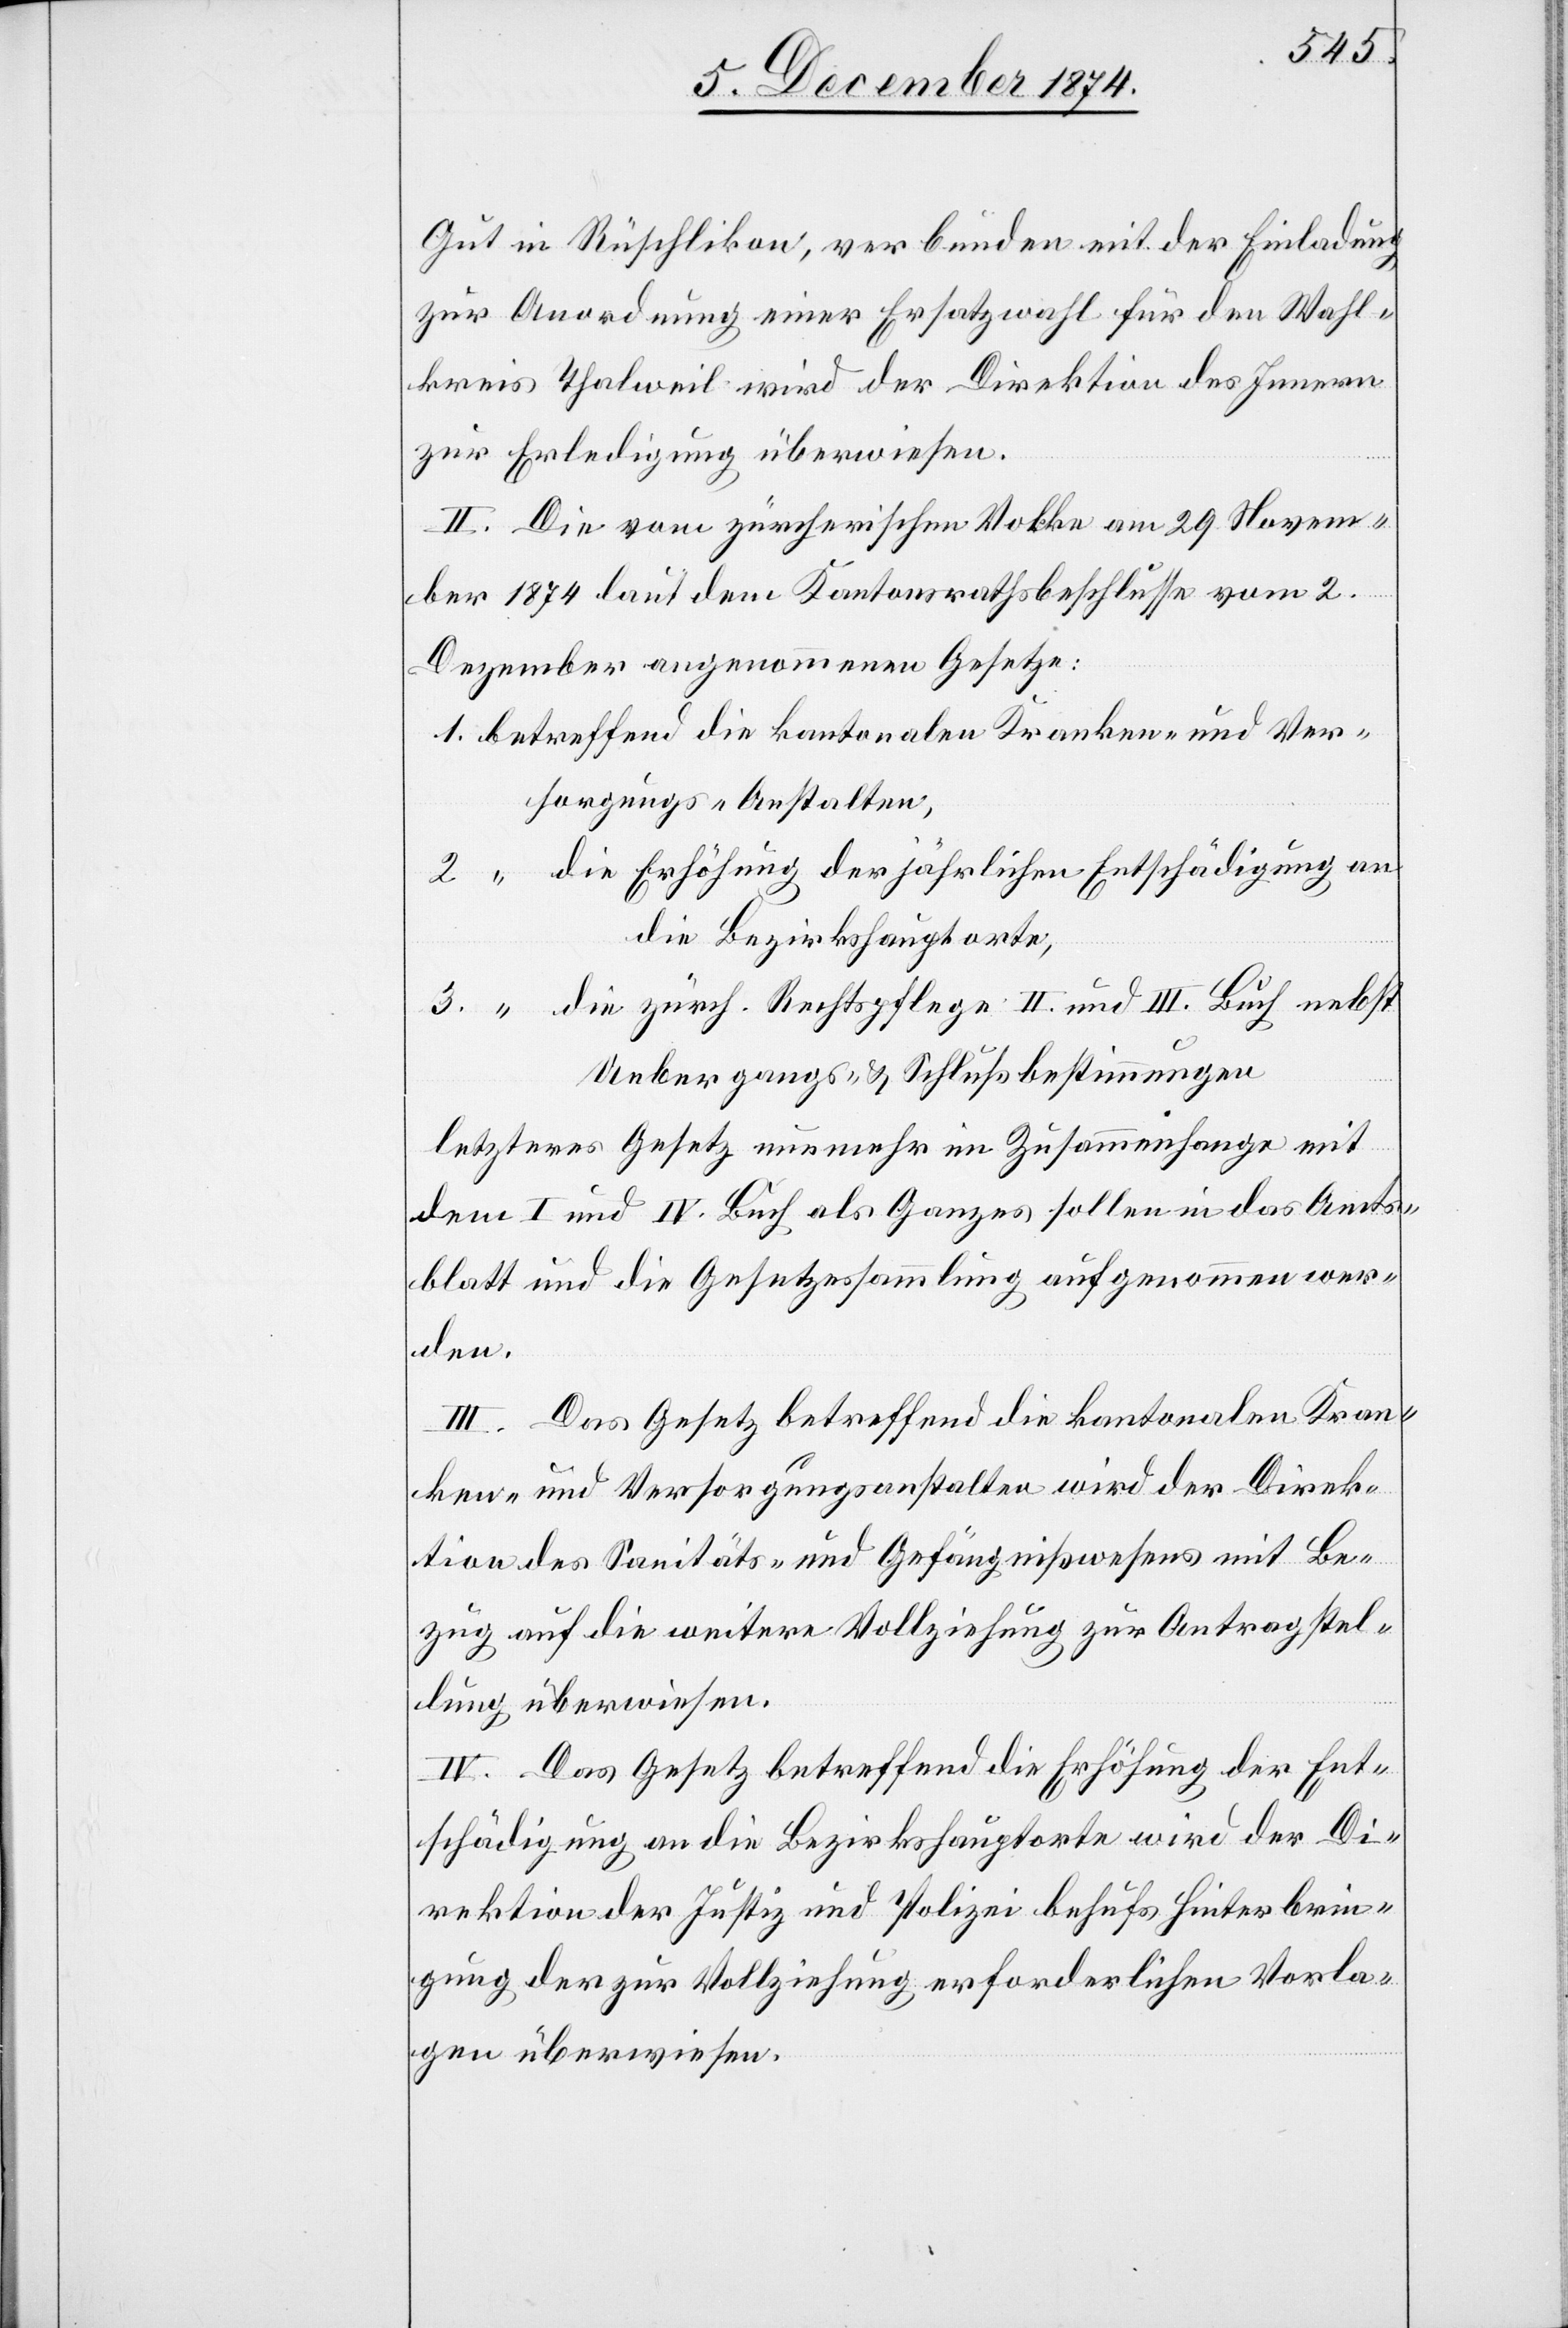
Gut in Rüschlikon, verbunden mit der Einladung
zur Anordnung einer Ersatzwahl für den Wahl¬
kreis Thalweil wird der Direktion des Innern
zur Erledigung überwiesen.
II. Die vom zürcherischen Volke am 29. Novem¬
1. betreffend die kantonalen Kranken- und Ver¬
sorgungs-Anstalten,
2. “ die zürch. Rechtspflege II. und III. Buch nebst
Uebergangs- & Schlußbestimmungen
letzteres Gesetz im Zusammenhange mit
dem I. und IV. Buch als Ganzes sollen in das Amts¬
blatt und die Gesetzessammlung aufgenommen wer¬
den.
III. Das Gesetz betreffend die kantonalen Kran¬
ken- und Versorgungsanstalten wird der Direk¬
tion des Sanitäts- und Gefängnißwesens mit Be¬
zug auf die weitere Vollziehung zur Antragstel¬
lung überwiesen.
IV. Das Gesetz betreffend die Erhöhung der Ent¬
schädigung an die Bezirkshauptorte wird der Di¬
rektion der Justiz und Polizei behufs Hinterbrin¬
gung der zur Vollziehung erforderlichen Vorla¬
gen überwiesen.